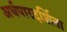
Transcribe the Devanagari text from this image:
अर्धपारदर्शिता